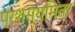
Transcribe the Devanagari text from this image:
प्रशस्यमित्र